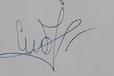
Signature authenticity: genuine